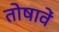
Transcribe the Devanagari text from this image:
तोषावें